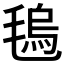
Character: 𣯑